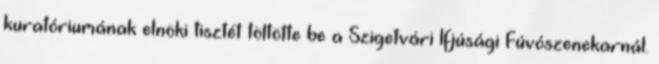
kuratóriumának elnöki tisztét töltötte be a Szigetvári Ifjúsági Fúvószenekarnál.